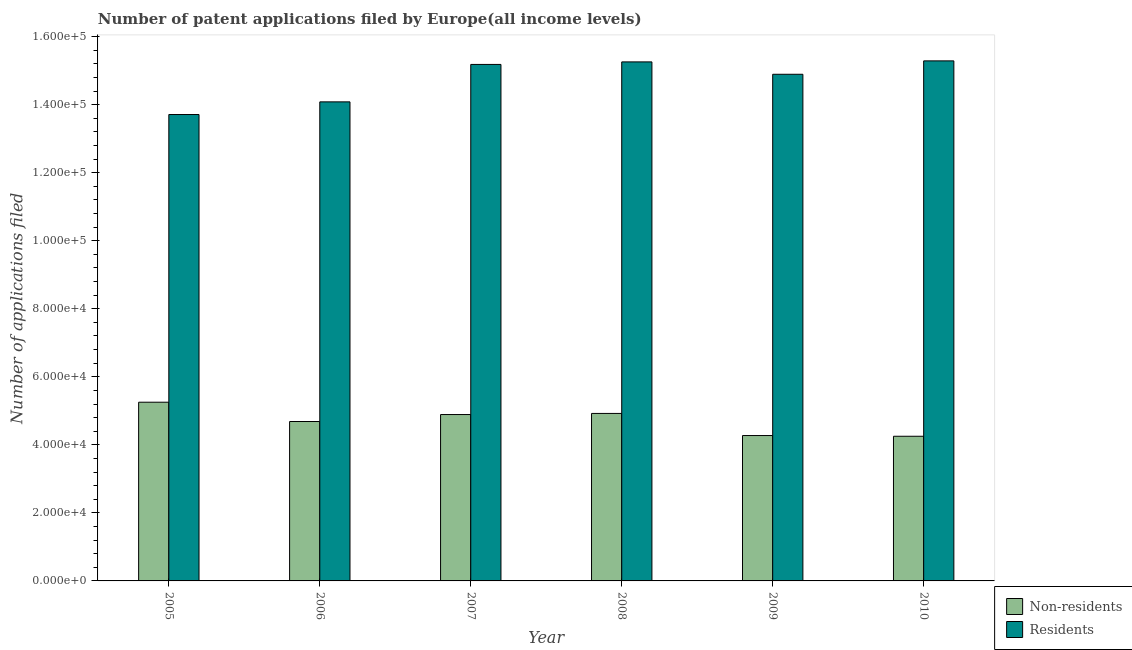
| Year | Non-residents | Residents |
 | --- | --- | --- |
 | 2005 | 5.25e+04 | 1.37e+05 |
 | 2006 | 4.69e+04 | 1.41e+05 |
 | 2007 | 4.89e+04 | 1.52e+05 |
 | 2008 | 4.92e+04 | 1.53e+05 |
 | 2009 | 4.27e+04 | 1.49e+05 |
 | 2010 | 4.25e+04 | 1.53e+05 |